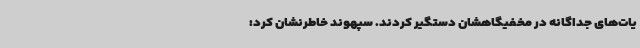
یات‌های جداگانه در مخفیگاهشان دستگیر کردند. سپهوند خاطرنشان کرد: